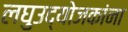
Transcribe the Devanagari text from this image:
लघुउद्योजकांना